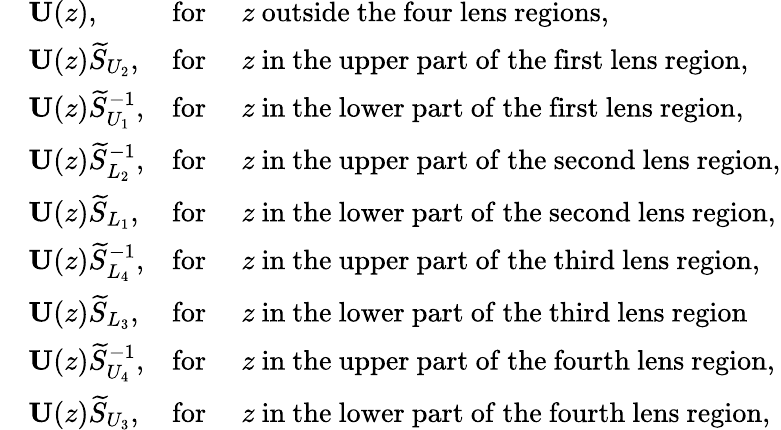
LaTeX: \begin{array}{rlrl}&{\mathbf{U}(z),}&{\mathrm{for}\ }&{z\ \mathrm{outside\ the\ four\ lens\ regions},}\\ &{\mathbf{U}(z)\widetilde{S}_{U_{2}},}&{\mathrm{for}\ }&{z\ \mathrm{in\ the\ upper\ part\ of\ the\ first\ lens\ region},}\\ &{\mathbf{U}(z)\widetilde{S}_{U_{1}}^{-1},}&{\mathrm{for}\ }&{z\ \mathrm{in\ the\ lower\ part\ of\ the\ first\ lens\ region},}\\ &{\mathbf{U}(z)\widetilde{S}_{L_{2}}^{-1},}&{\mathrm{for}\ }&{z\ \mathrm{in\ the\ upper\ part\ of\ the\ second\ lens\ region},}\\ &{\mathbf{U}(z)\widetilde{S}_{L_{1}},}&{\mathrm{for}\ }&{z\ \mathrm{in\ the\ lower\ part\ of\ the\ second\ lens\ region},}\\ &{\mathbf{U}(z)\widetilde{S}_{L_{4}}^{-1},}&{\mathrm{for}\ }&{z\ \mathrm{in\ the\ upper\ part\ of\ the\ third\ lens\ region},}\\ &{\mathbf{U}(z)\widetilde{S}_{L_{3}},}&{\mathrm{for}\ }&{z\ \mathrm{in\ the\ lower\ part\ of\ the\ third\ lens\ region}}\\ &{\mathbf{U}(z)\widetilde{S}_{U_{4}}^{-1},}&{\mathrm{for}\ }&{z\ \mathrm{in\ the\ upper\ part\ of\ the\ fourth\ lens\ region},}\\ &{\mathbf{U}(z)\widetilde{S}_{U_{3}},}&{\mathrm{for}\ }&{z\ \mathrm{in\ the\ lower\ part\ of\ the\ fourth\ lens\ region},}\end{array}